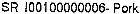
SR 100100000006- PORK